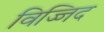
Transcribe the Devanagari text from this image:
विज्जिद